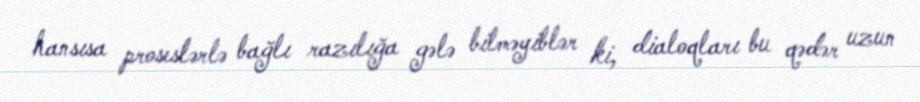
hansısa proseslərlə bağlı razılığa gələ bilməyiblər ki, dialoqları bu qədər uzun